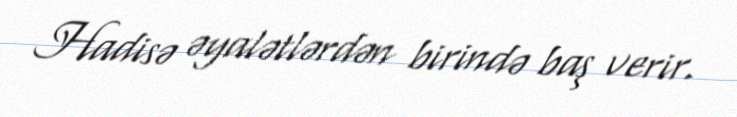
Hadisə əyalətlərdən birində baş verir.